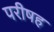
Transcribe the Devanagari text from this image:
परीषह